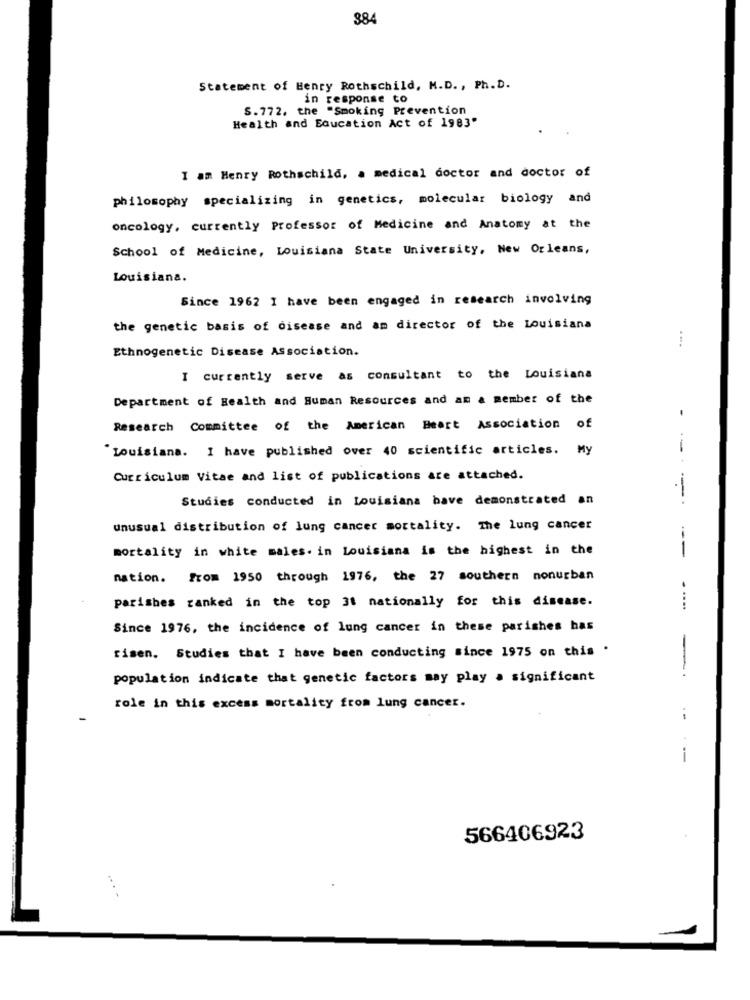
384
Statement of Henry Rothschild, M.D ., Ph. D.
in response to
S.772. the "Smoking Prevention
Health and Education Act of 1983"
I am Henry Rothschild, . medical doctor and doctor of
philosophy specializing in genetics, molecular biology and
oncology, currently Professor of Medicine and Anatomy at the
School of Medicine, Louisiana State University, New Orleans,
Louisiana.
Since 1962 I have been engaged in research involving
the genetic basis of disease and am director of the Louisiana
Ethnogenetic Disease Association.
I currently serve as consultant to the Louisiana
Department of Health and Human Resources and am a member of the
Research Committee of the American Heart Association of
"Louisiana. I have published over 40 scientific articles. My
Curriculum Vitae and list of publications are attached.
Studies conducted in Louisiana bave demonstrated an
unusual distribution of lung cancer mortality. The lung cancer
mortality in white males. in Louisiana is the highest in the
---
nation. from 1950 through 1976, the 27 southern nonurban
parishes ranked in the top 3t nationally for this disease.
Since 1976, the incidence of lung cancer in these parishes has
risen. Studies that I have been conducting since 1975 on this .
population indicate that genetic factors may play a significant
-
role in this excess mortality from lung cancer.
--
-
566406923